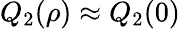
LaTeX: Q_{2}(\rho)\approx Q_{2}(0)